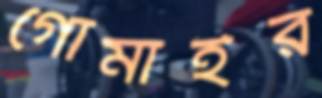
গোমাইর